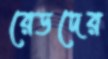
রেডদের